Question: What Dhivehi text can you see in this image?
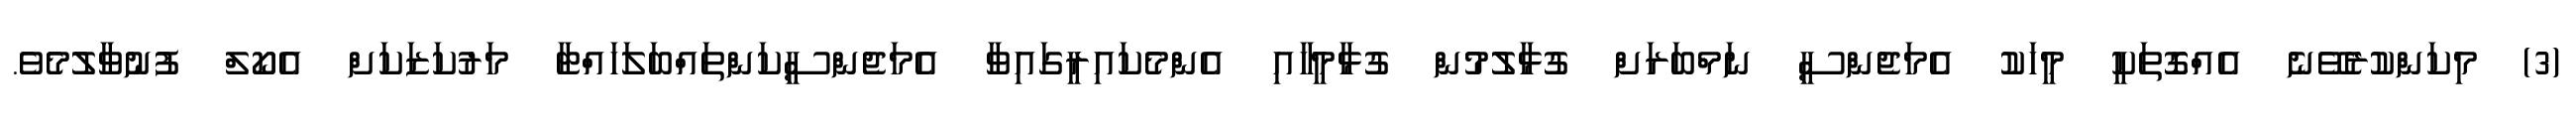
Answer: (3) މިކަންކުރެވޭނެ އެއްގޮތަކީ މީހަކު އެމަޖެންސީ ނަމްބަރަށް ގުޅާލުމުން ގުޅާމީހާއި އެންމެކައިރީގައިވާ އެމަޖެންސީކަންތައްބަލަހައްޓާ މަރުކަޒަކަށް އެކޯލް ފުނުވާލުމެވެ.